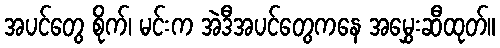
အပင်တွေ စိုက်၊ မင်းက အဲဒီအပင်တွေကနေ အမွှေးဆီထုတ်။